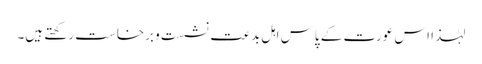
لہٰذا اس عورت کے پاس اہل بدعت نشست و برخاست رکھتے ہیں۔